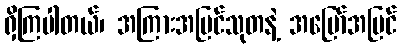
ရှိကြပါတယ်၊ အကြားအမြင်သုတနဲ့ အမြော်အမြင်